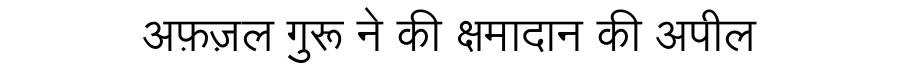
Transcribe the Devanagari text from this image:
अफ़ज़ल गुरू ने की क्षमादान की अपील